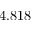
4 . 8 1 8